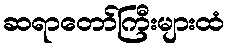
ဆရာတော်ကြီးများထံ